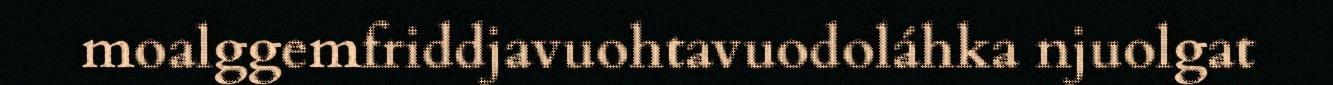
moalggemfriddjavuohtavuodoláhka njuolgat